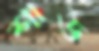
শাড